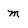
Character: m